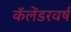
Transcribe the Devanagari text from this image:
कॅलेंडरवर्ष